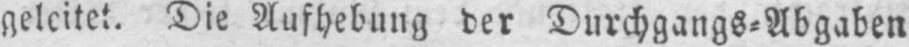
geleitet. Die Aufhebung der Durchgangs⸗Abgaben